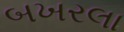
બખરલા